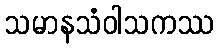
သမာနသံဝါသကဿ